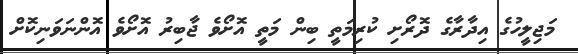
މަޖިލީހުގެ އިދާރާގެ ދޮރޯށި ކުރިމަތީ ބިން މަތީ އޮށޯވެ ޖާބިރު އޮށޯވެ އޮންނަވަނިކޮށް